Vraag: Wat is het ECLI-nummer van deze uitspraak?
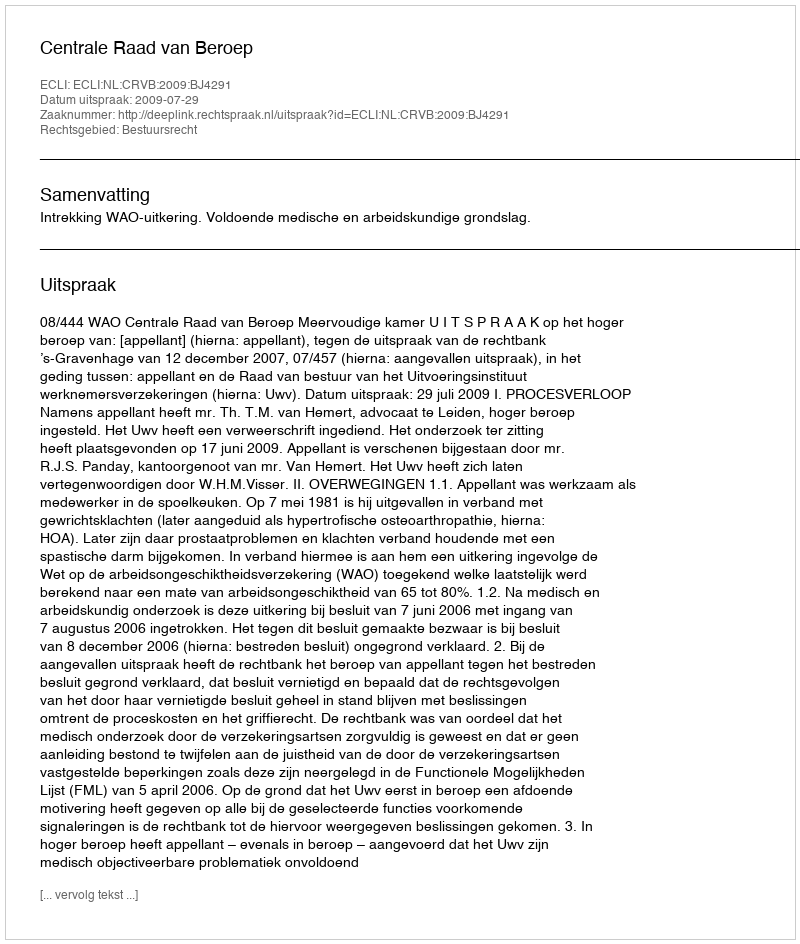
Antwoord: ECLI:NL:CRVB:2009:BJ4291